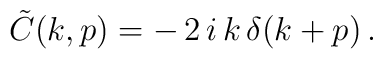
\tilde C(k,p)=-\,2\,i\,k\,\delta(k+p)\,.